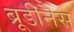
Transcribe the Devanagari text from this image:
ब्रूडीनेस